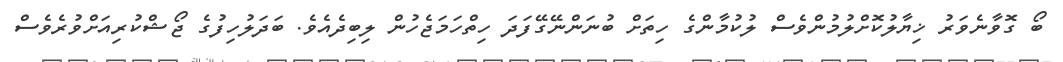
ބޯ ގޮވާނެވަރު ޚިޔާލުކޮށްލުމުންވެސް ލުކުމާންގެ ހިތަށް ބުނަންނޭގޭފަދަ ހިތްހަމަޖެހުން ލިބިދެއެވެ. ބަދަލުހިފުގެ ޖޯޝްކުރިއަށްވުރެވެސް